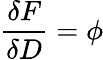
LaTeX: \frac{\delta F}{\delta D}=\phi